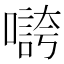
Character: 𡀵